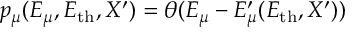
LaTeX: p _ { \mu } ( E _ { \mu } , E _ { \mathrm { t h } } , X ^ { \prime } ) = \theta ( E _ { \mu } - E _ { \mu } ^ { \prime } ( E _ { \mathrm { t h } } , X ^ { \prime } ) ) \,